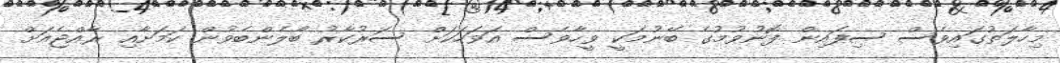
މިހާލަތުގައިވެސް ސިފައިން ފޮނުވުމުގެ ބޭނުމަކީ ވީހާވެސް އަވަހަކަށް ސަރުކާރު ބޯލެންބެވުން ކަމަށާއި ރާއްޖެއަށް